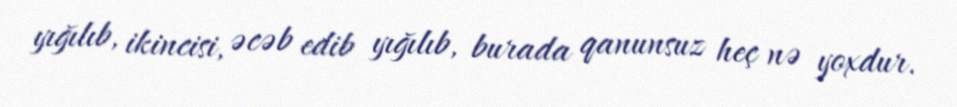
yığılıb, ikincisi, əcəb edib yığılıb, burada qanunsuz heç nə yoxdur.